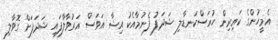
އެމީހުންގެ ކައިރިން ހުރަސްކަނޑާލި ޝަދަފު ފެނުމާއެކު އިޝާ އަވަސް އަރުވާލާފައި ޝަދަފަށް ގޮވާލި